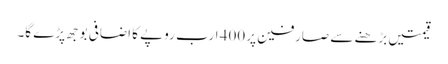
قیمتیں بڑھنے سے صارفین پر 400 ارب روپے کا اضافی بوجھ پڑے گا۔